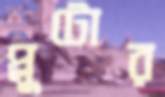
প্লুটোর